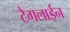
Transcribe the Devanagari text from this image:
टैगलाईन